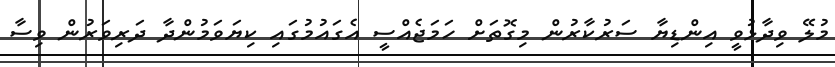
މުލޭ ވިދާޅުވީ އިންޑިޔާ ސަރުކާރުން މިގޮތަށް ހަމަޖެއްސީ އެގައުމުގައި ކިޔަވަމުންދާ ދަރިވަރުން ވިސާ